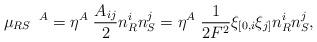
LaTeX: \begin{align*}\mu_{RS}\hspace*{2mm}^{A}=\eta^A\;\frac{A_{ij}}{2}n^{i}_R n^{j}_S=\eta^{A}\;\frac{1}{2F^2}\xi_{[0,i}\xi_{j]}n^{i}_R n^{j}_S,\end{align*}